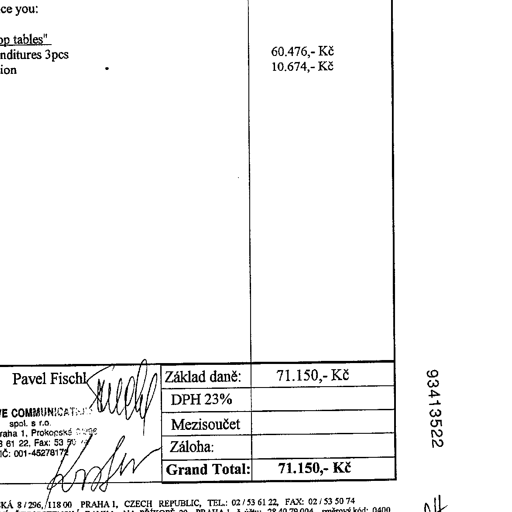
ce you:

op tables"
nditures 3pcs
ion
60.476,- Kč
10.674,- Kč
Pavel Fischl
Základ daně:
71.150,- Kč
DPH 23%
Mezisoučet
Záloha:
Grand Total:
71.150,- Kč
93413522
COMMUNICAT
spol. s r.o.
raha 1, Prokopské
61 22, Fax: 53 50
Č: 001-45278172
KÁ 8/296, 118 00 PRAHA 1, CZECH REPUBLIC, TEL.: 02/53 61 22, FAX: 02/53 50 74
Pavel Fischl
Fischl